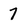
Character: 7